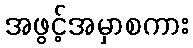
အဖွင့်အမှာစကား